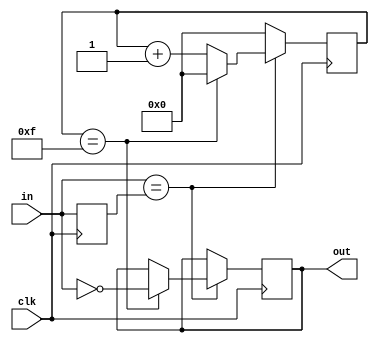
module debouncer(out, in, clk);
	input [4:0] in;
	input clk;
	output reg [4:0] out;
	
	reg [4:0] prev;
	reg [6:0] count;

	always@(posedge clk) begin
		if(in == prev) begin
			if(count == 4'b1111111) begin
				count = 0;
				out = ~in;
			end
			else count = count + 1;
		end
		else count = 0;
		
		prev = in;	
	end
endmodule